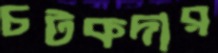
চটকদার